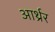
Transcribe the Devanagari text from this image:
आर्थ्रर